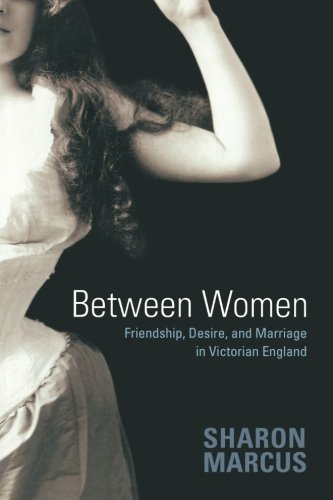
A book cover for Between Women: Friendship, Desire, and Marriage in Victorian England; Sharon Marcus; Gay & Lesbian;